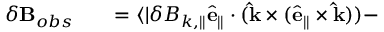
\begin{array} { r l r } { \delta \mathbf { B } _ { o b s } } & { { } } & { = \langle | \delta B _ { k , \parallel } \hat { \mathbf { e } } _ { \parallel } \cdot ( \mathbf { \hat { k } } \times ( \hat { \mathbf { e } } _ { \parallel } \times \mathbf { \hat { k } } ) ) - } \end{array}